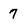
Character: 7